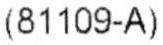
(81109-A)